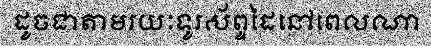
ដូចជាតាមរយៈទូរស័ព្ទដៃនៅពេលណា